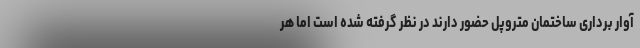
آوار برداری ساختمان متروپل حضور دارند در نظر گرفته شده است اما هر